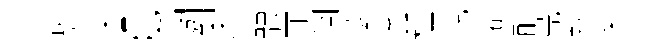
敖来c瑀劉迷體匪濶蓁凑種親懼醅鳬款変